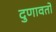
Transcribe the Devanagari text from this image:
दुणावतो